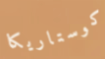
كوستاريكا